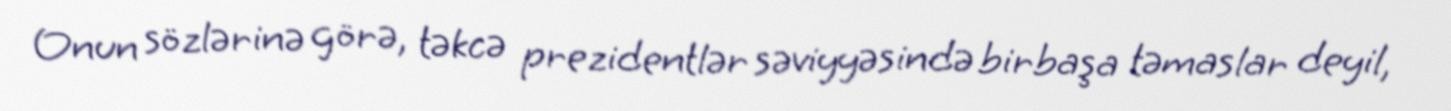
Onun sözlərinə görə, təkcə prezidentlər səviyyəsində birbaşa təmaslar deyil,